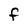
Character: f